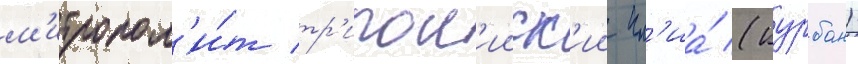
м'итропол'и́т тр'ипол'ииск'ии ил'иа́ (курбан)